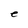
Character: e